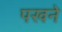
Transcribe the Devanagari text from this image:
पखने